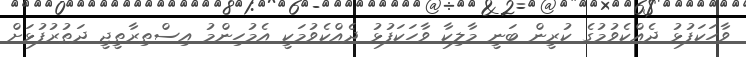
ވާހަކަފުޅު ދެއްކެވުމުގެ ކުރީން ބަނީ މާލިކާ ވާހަކަފުޅު ދެއްކެވުމަކީ އެމުހިންމު އިސްތިރާތީޖީ ދަތުރުފުޅަށް